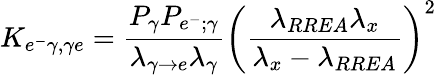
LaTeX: K_{e^{-}\gamma,\gamma e}=\frac{P_{\gamma}P_{e^{-};\gamma}}{\lambda_{\gamma\rightarrow e}\lambda_{\gamma}}\left(\frac{\lambda_{RREA}\lambda_{x}}{\lambda_{x}-\lambda_{RREA}}\right)^{2}